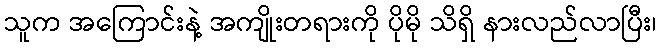
သူက အကြောင်းနဲ့ အကျိုးတရားကို ပိုမို သိရှိ နားလည်လာပြီး၊